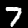
Digit: 7